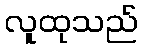
လူထုသည်